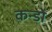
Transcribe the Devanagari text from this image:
कन्डो